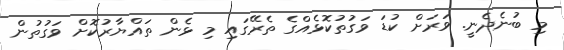
މި ބުނެދެނީ. ވަރަށް ކުޑަ ވަގުތުކޮޅެއްގެ ތެރޭގައި މި ޅެން ތައްޔާރުކޮށް ވަގުތުން